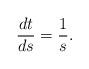
LaTeX: \begin{align*} \frac {dt} {ds}= \frac {1} {s}.\end{align*}